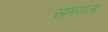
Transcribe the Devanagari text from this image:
सांगयाला